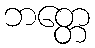
ဘတ္တေ